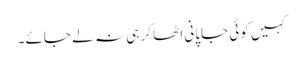
کہیں کوئی جاپانی اٹھا کر ہی نہ لے جائے۔